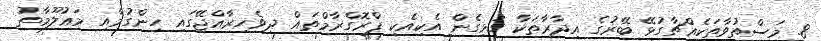
8. މަސްތުވާތަކެއްޗާގުޅޭ ބޭރުގެ އިދާރާތަކާ ގުޅިގެން އެކިއެކި ޕްރޮގްރާމްތައް ދިވެހިރާއްޖޭގައި ހިންގުމާއި މަޢުލޫމާތު